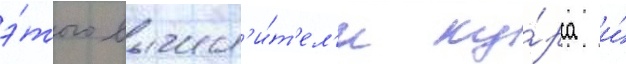
э́того вычисл'и́т'ел'и ку́рса и́